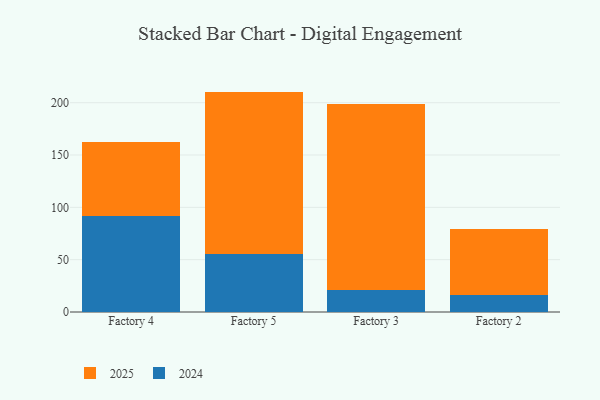
{"axis": {"x": "Factory", "y": "Page Views"}, "legend": ["2024", "2025"], "data": [{"x": "Factory 4", "y": 71.4, "type": "2025"}, {"x": "Factory 4", "y": 91.3, "type": "2024"}, {"x": "Factory 5", "y": 154.9, "type": "2025"}, {"x": "Factory 5", "y": 55.7, "type": "2024"}, {"x": "Factory 3", "y": 177.0, "type": "2025"}, {"x": "Factory 3", "y": 21.4, "type": "2024"}, {"x": "Factory 2", "y": 63.4, "type": "2025"}, {"x": "Factory 2", "y": 16.1, "type": "2024"}]}